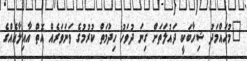
"މުހައްމަދު ޝިހާބަކީ ދައުލަތަށް ގިނަ ދުވަހު ހިދުމަތް ކުރުމުގެ ވަނަވަރެއް އޮތް އާއިލާއެއްގެ